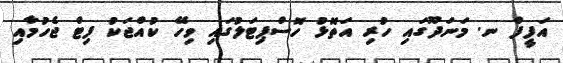
އަފީފް ނ. މަނަދޫގައި ހުރި އަތޮޅު ހޮސްޕިޓަލުގައި ވިހޭ ކުއްޖަކު ފިޓް ޖެހުމާއި